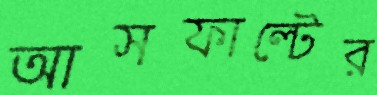
আসফাল্টের